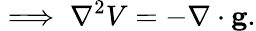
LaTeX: \implies\nabla^{2}V=-\nabla\cdot\mathbf{g}.